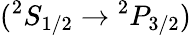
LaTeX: {(^{2}S_{1/2}\rightarrow{^2P_{3/2})}}